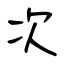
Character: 次